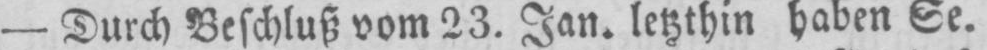
- Durch Beschluß vom 23. Jan. letzthin haben Se.